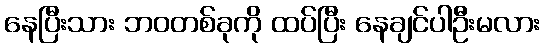
နေပြီးသား ဘဝတစ်ခုကို ထပ်ပြီး နေချင်ပါဦးမလား